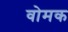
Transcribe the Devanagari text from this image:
वोमक